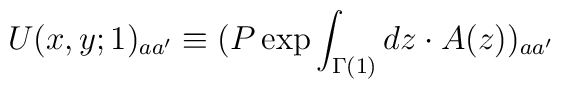
U(x, y; 1)_{aa'} \equiv (P \exp \int_{\Gamma(1)} dz \cdot A(z))_{aa'}